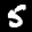
Label: 5